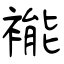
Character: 褦